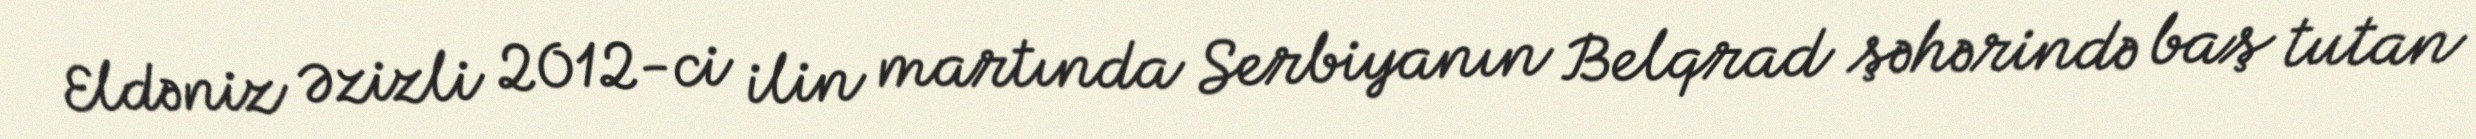
Eldəniz Əzizli 2012-ci ilin martında Serbiyanın Belqrad şəhərində baş tutan